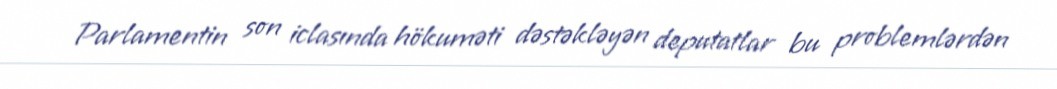
Parlamentin son iclasında hökuməti dəstəkləyən deputatlar bu problemlərdən